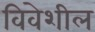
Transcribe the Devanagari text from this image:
विवेशील